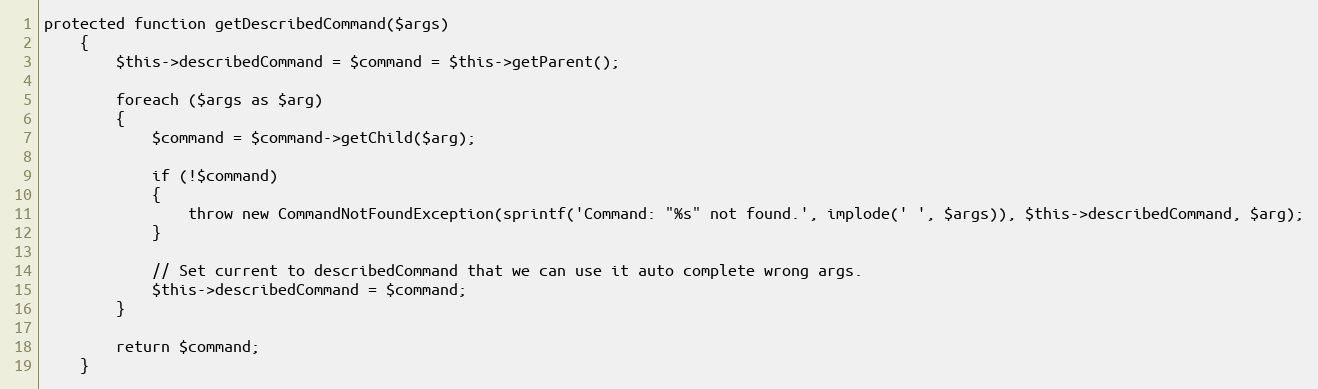
Language: PHP
protected function getDescribedCommand($args)
	{
		$this->describedCommand = $command = $this->getParent();

		foreach ($args as $arg)
		{
			$command = $command->getChild($arg);

			if (!$command)
			{
				throw new CommandNotFoundException(sprintf('Command: "%s" not found.', implode(' ', $args)), $this->describedCommand, $arg);
			}

			// Set current to describedCommand that we can use it auto complete wrong args.
			$this->describedCommand = $command;
		}

		return $command;
	}